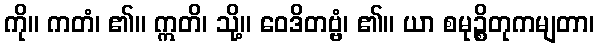
ကို။ ကတံ၊ ၏။ ဣတိ၊ သို့။ ဝေဒိတဗ္ဗံ၊ ၏။ ယာ စမုဉ္စိတုကမျတာ၊